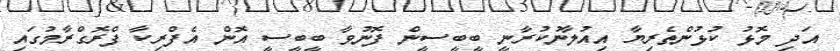
އަދި މޮޅު ކުޅުންތެރިޔާ އިއުލާނުކުރާނީ ބީބީސީން ފޮނުވާ ބީބީސީ އޮން އެފްރިކާ ފްރޮގްރާމުގައި